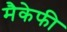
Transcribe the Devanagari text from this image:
मैकेफी